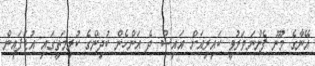
އޭނާގެ މޫނު ފެންނަވަރުވީ ކައިރިއަށް އައިސް ދެ އަންހެން ކުދިންގެ ކުރިމަތީގައި އުޑަފައިން